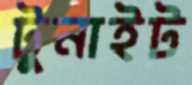
টুনাইট